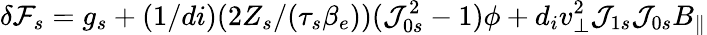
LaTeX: \delta{\mathcal F}_{s}=g_{s}+(1/di)(2Z_{s}/(\tau_{s}\beta_{e}))(\mathcal{J}_{0s}^{2}-1)\phi+d_{i}v_{\perp}^{2}\mathcal{J}_{1s}\mathcal{J}_{0s}B_{\parallel}